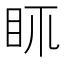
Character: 𥄙